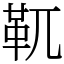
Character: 靰